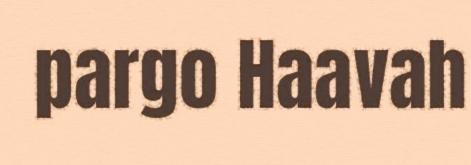
pargo Haavah